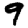
Digit: 9